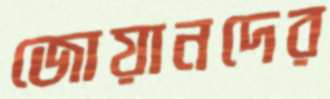
জোয়ানদের